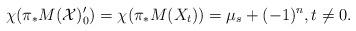
LaTeX: \begin{align*}\chi(\pi_* M(\mathcal{X})'_0) = \chi(\pi_* M(X_t)) = \mu_s + (-1)^n, t \neq 0.\end{align*}